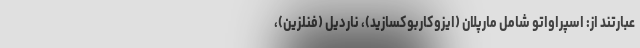
عبارتند از: اسپراواتو شامل مارپلان (ایزوکاربوکسازید)، ناردیل (فنلزین)،